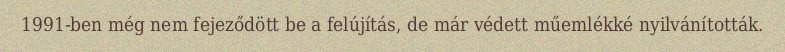
1991-ben még nem fejeződött be a felújítás, de már védett műemlékké nyilvánították.